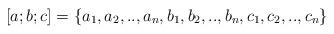
LaTeX: \begin{align*}[a;b;c]=\{a_1,a_2,..,a_n,b_1,b_2,..,b_n ,c_1,c_2,..,c_n \}\end{align*}